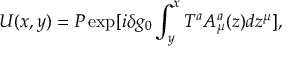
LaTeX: U ( x , y ) = P \exp [ i \delta g _ { 0 } \int _ { y } ^ { x } T ^ { a } A _ { \mu } ^ { a } ( z ) d z ^ { \mu } ] ,